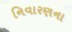
નિવારણના